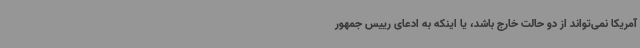
آمریکا نمی‌تواند از دو حالت خارج باشد، یا اینکه به ادعای رییس جمهور